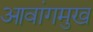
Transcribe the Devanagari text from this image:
आवांगमुख